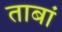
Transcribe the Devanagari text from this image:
ताबां